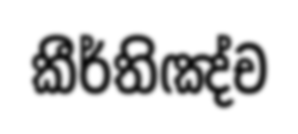
කීර්තිඤ්ච